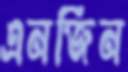
এনজিন